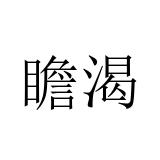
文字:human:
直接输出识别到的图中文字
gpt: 瞻渴